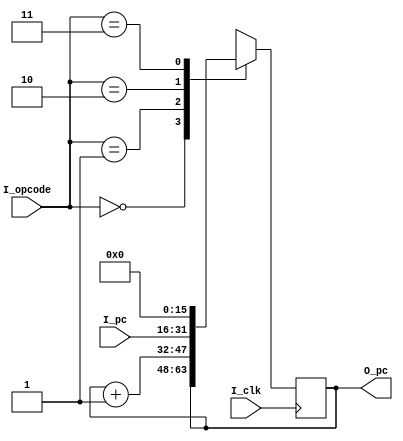
module pc_unit(
    input I_clk,
    input [15:0] I_pc,
    input [1:0] I_opcode,
    output reg [15:0] O_pc
    );
        
    initial begin
        O_pc = 0;
    end
    
    always @(negedge I_clk) begin
        case(I_opcode)
            (2'b00) : O_pc <= O_pc;
            (2'b01) : O_pc <= O_pc + 1;
            (2'b10) : O_pc <= I_pc;
            (2'b11) : O_pc <= 0;      
        endcase
    end
endmodule